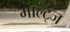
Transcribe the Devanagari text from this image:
माल्ट्ज